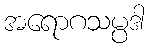
အရောဂသမ္ပဒါ